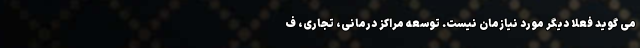
می گوید فعلا دیگر مورد نیازمان نیست. توسعه مراکز درمانی، تجاری، ف